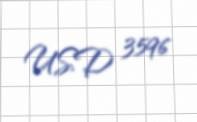
USD 3596